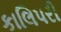
કાલિપરી